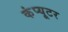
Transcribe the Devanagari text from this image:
कंंप्यूटर